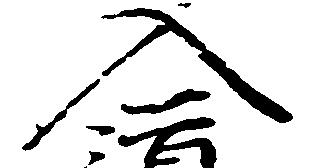
入